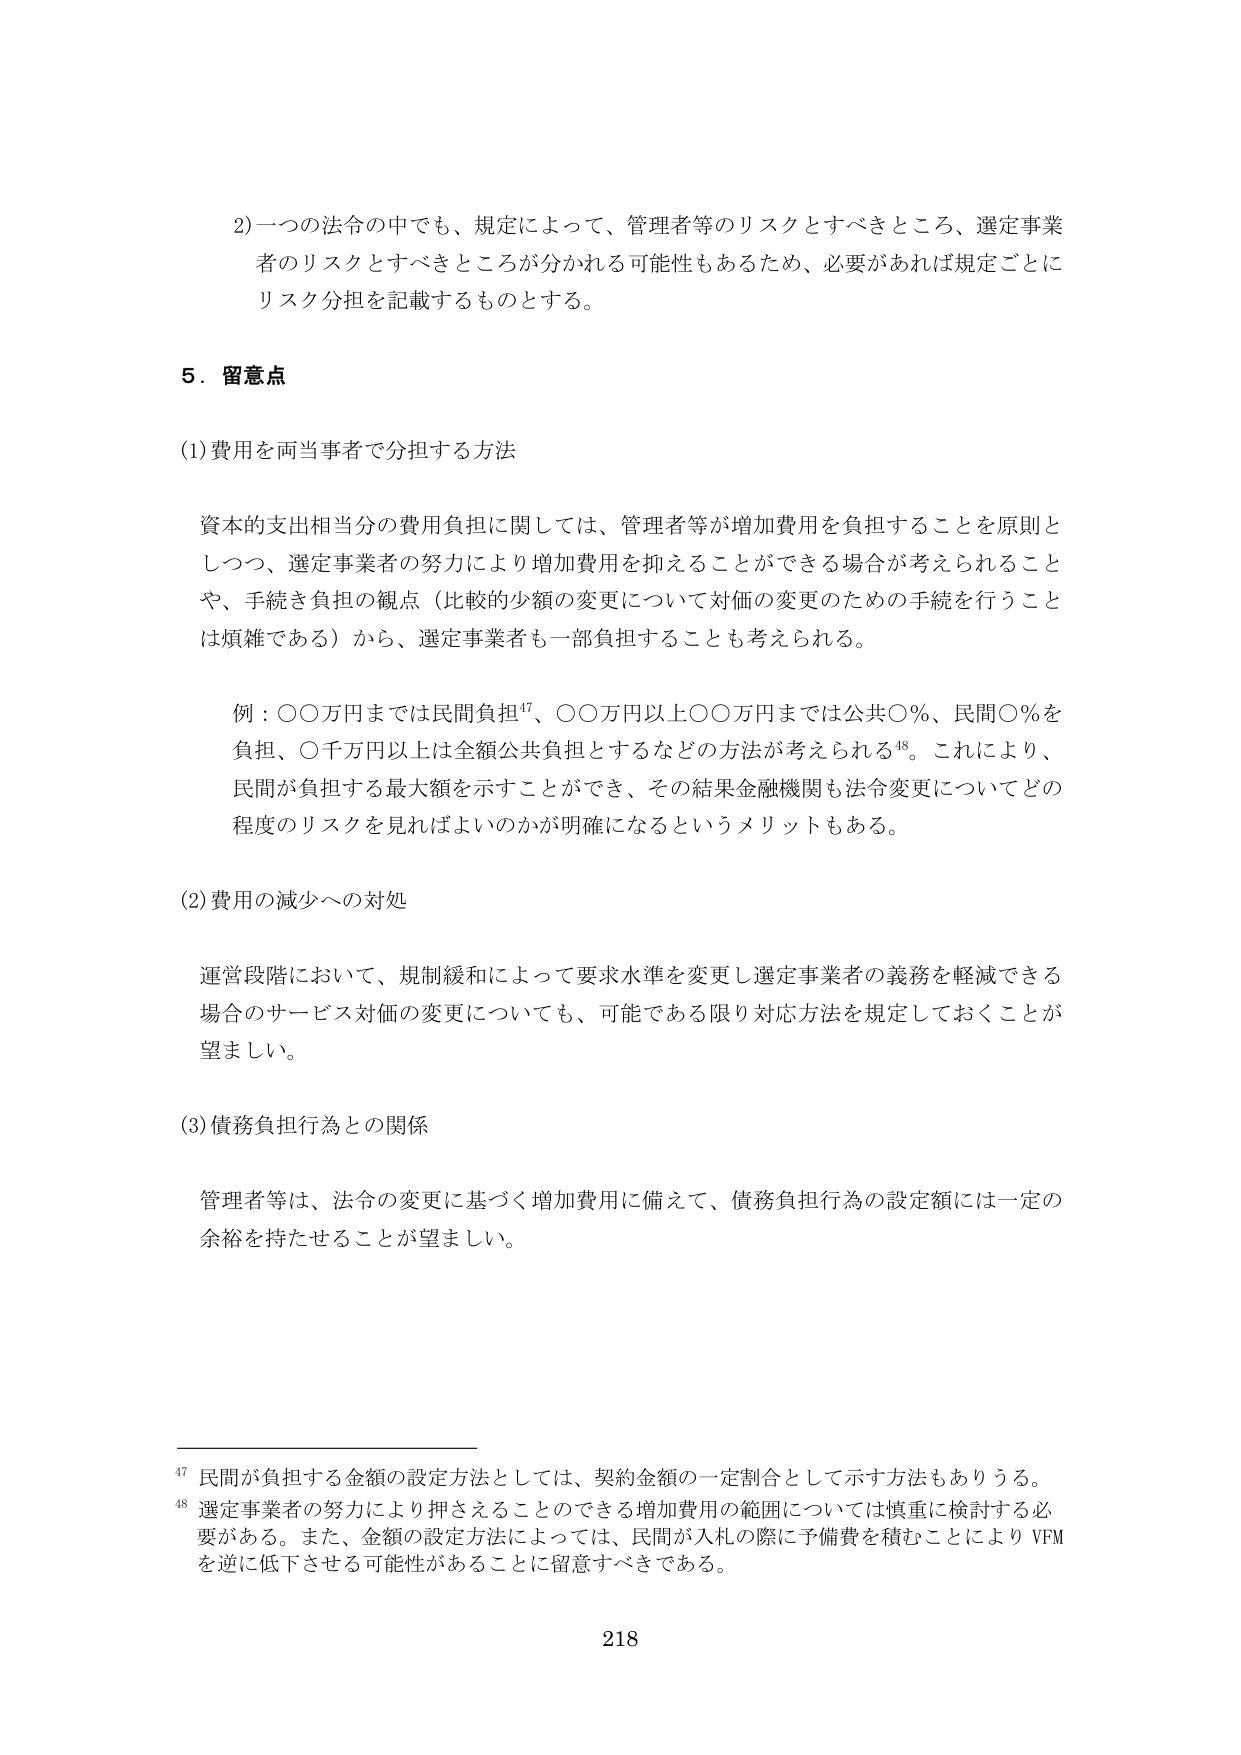
2) 一つの法令の中でも、規定によって、管理者等のリスクとすべきところ、選定事業者のリスクとすべきところが分かれる可能性もあるため、必要があれば規定ごとにリスク分担を記載するものとする。

5．留意点

(1) 費用を両当事者で分担する方法

資本の支出相当分の費用負担に関しては、管理者等が増加費用を負担することを原則としつつ、選定事業者の努力により増加費用を抑えることができる場合が考えられることや、手続き負担の観点（比較的少額の変更について対価の変更のための手続を行うことは煩雑である）から、選定事業者も一部負担することも考えられる。

例：〇〇万円までは民間負担⁴⁷、〇〇万円以上〇〇万円までは公共〇％、民間〇％を負担、〇千万円以上は全額公共負担とするなどの方法が考えられる⁴⁸。これにより、民間が負担する最大額を示すことができ、その結果金融機関も法令変更についてどの程度のリスクを見ればよいのかが明確になるというメリットもある。

(2) 費用の減少への対処

運営段階において、規制緩和によって要求水準を変更し選定事業者の義務を軽減できる場合のサービス対価の変更についても、可能である限り対応方法を規定しておくことが望ましい。

(3) 債務負担行為との関係

管理者等は、法令の変更に基づく増加費用に備えて、債務負担行為の設定額には一定の余裕を持たせることが望ましい。

⁴⁷ 民間が負担する金額の設定方法としては、契約金額の一定割合として示す方法もありうる。
⁴⁸ 選定事業者の努力により押さえることのできる増加費用の範囲については慎重に検討する必要がある。また、金額の設定方法によっては、民間が入札の際に予備費を積むことにより VFM を逆に低下させる可能性があることに留意すべきである。

218